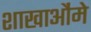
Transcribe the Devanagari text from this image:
शाखाऔंमे